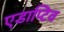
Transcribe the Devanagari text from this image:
एडाप्टिव